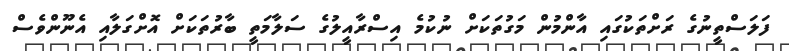
ފަލަސްތީނުގެ ރަށްތަކުގައި އާންމުން މަގުތަކަށް ނުކުމެ އިސްރާއީލުގެ ސަލާމަތީ ބާރުތަކަށް އޮށްގަލާއި އެނޫންވެސް